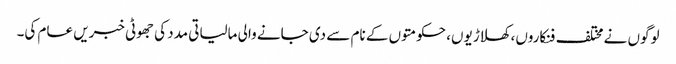
لوگوں نے مختلف فنکاروں، کھلاڑیوں، حکومتوں کے نام سے دی جانے والی مالیاتی مدد کی جھوٹی خبریں عام کی۔